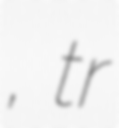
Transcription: мост, tr